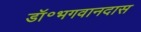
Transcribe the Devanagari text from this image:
डॉ॰भगवानदास